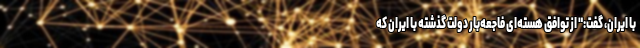
با ایران، گفت:" از توافق هسته‌ای فاجعه‌بار دولت گذشته با ایران که